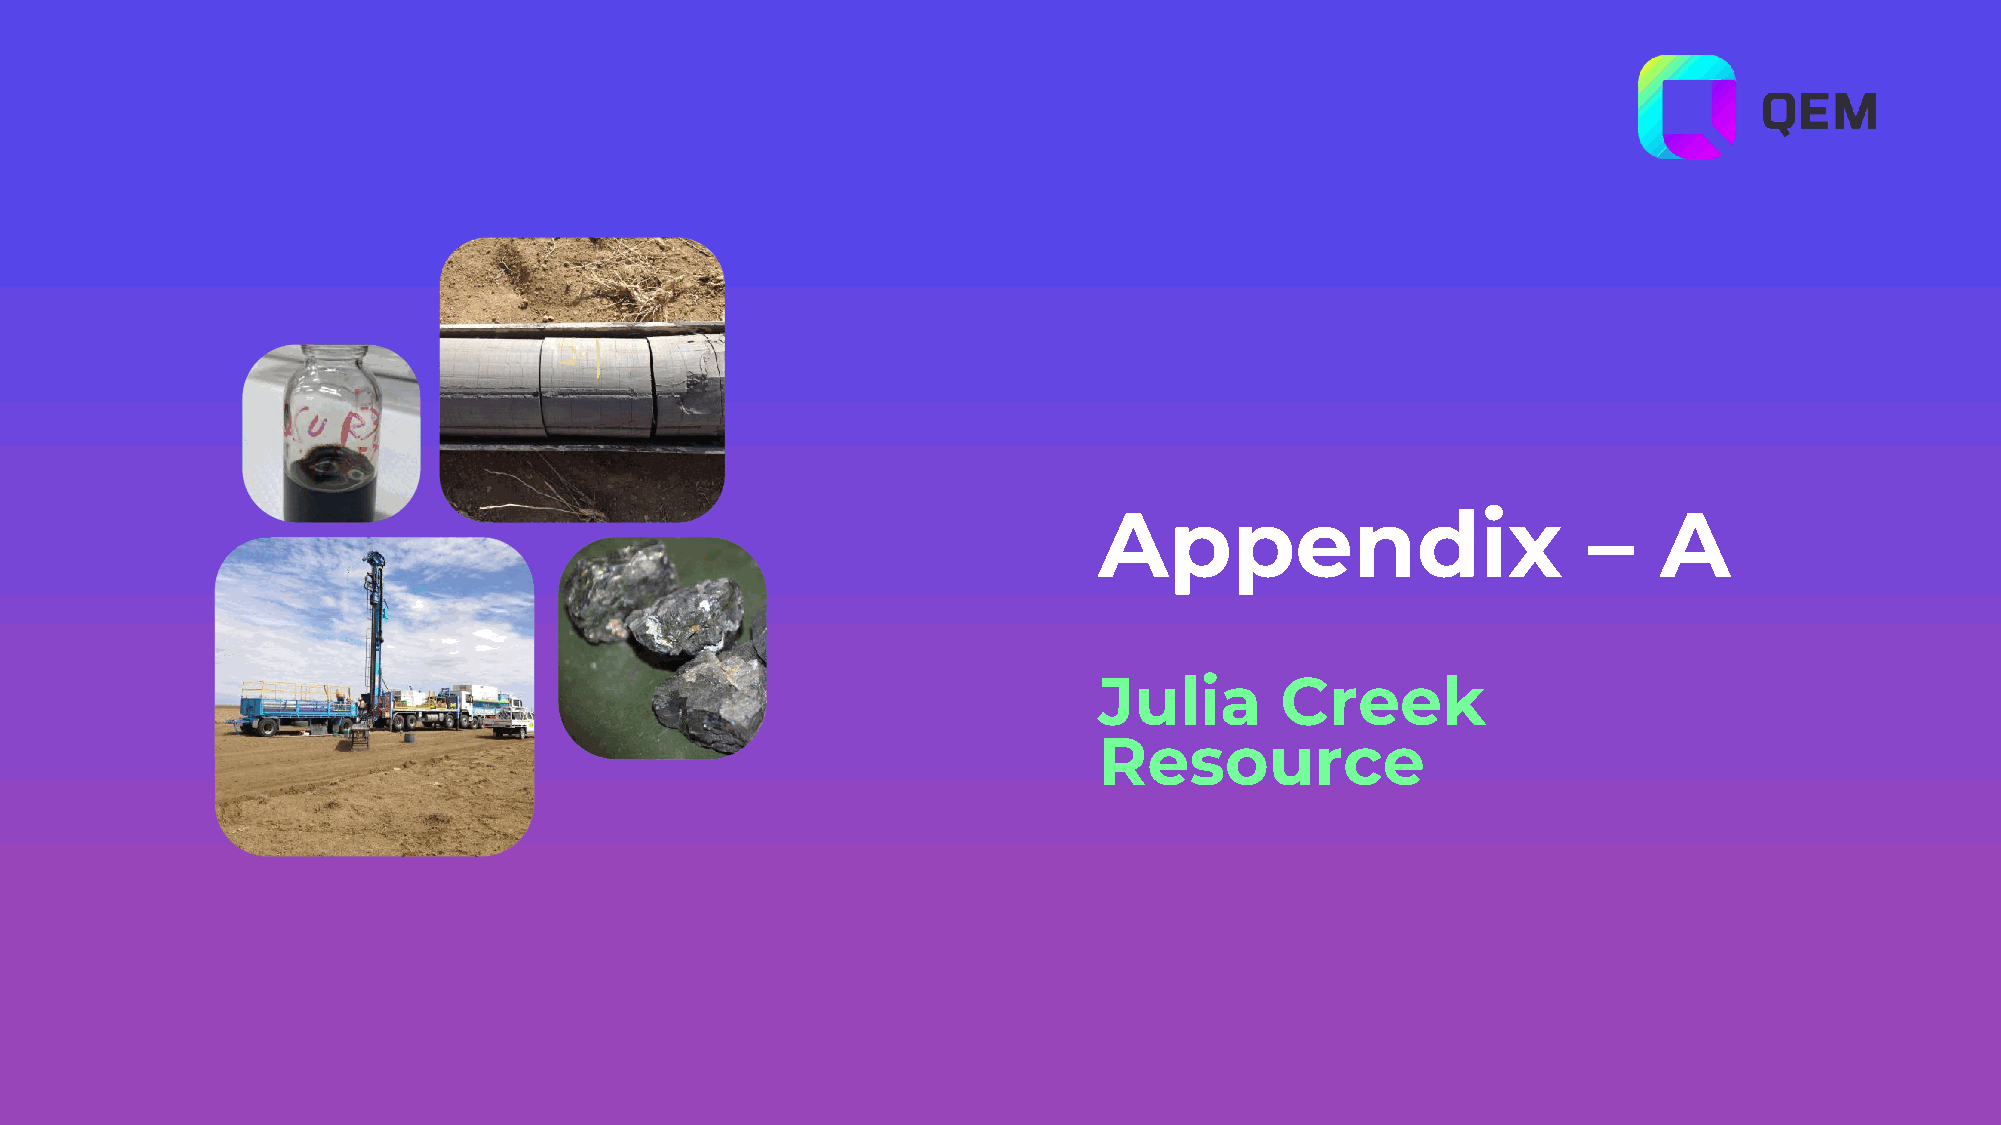
Appendix                        –    A
 Julia       Creek
 Resource